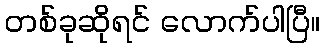
တစ်ခုဆိုရင် လောက်ပါပြီ။